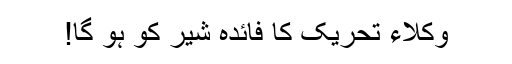
وکلاء تحریک کا فائدہ شیر کو ہو گا!